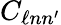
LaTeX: C_{\ell nn^{\prime}}